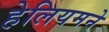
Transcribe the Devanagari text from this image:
हेलियमने